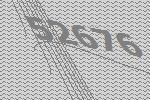
52676